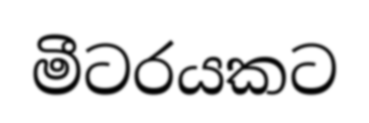
මීටරයකට